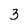
Character: 3